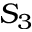
S _ { 3 }